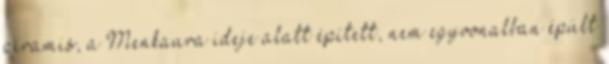
piramis, a Menkaura ideje alatt épített, nem egyvonalban épült